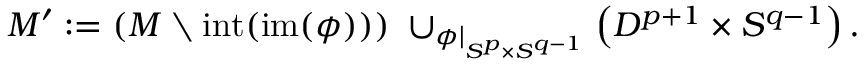
M ^ { \prime } : = \left( M \setminus \operatorname { i n t } ( \operatorname { i m } ( \phi ) ) \right) \; \cup _ { \phi | _ { S ^ { p } \times S ^ { q - 1 } } } \left( D ^ { p + 1 } \times S ^ { q - 1 } \right) .